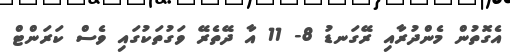
އެގޮތުން މެންދުރާއި ރޭގަނޑު 8- 11 އާ ދޭތެރޭ ވަގުތަކުގައި ވެސް ކަރަންޓް